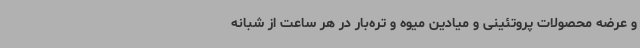
و عرضه محصولات پروتئینی و میادین میوه و تره‌بار در هر ساعت از شبانه